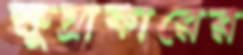
ক্ষুদ্রাকারের